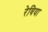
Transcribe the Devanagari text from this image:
रेविया